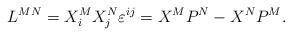
LaTeX: \begin{align*}L^{MN}=X_i^MX_j^N\varepsilon ^{ij}=X^MP^N-X^NP^M. \end{align*}